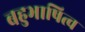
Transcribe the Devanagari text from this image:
बहुभाषित्व